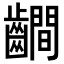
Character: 𪙨